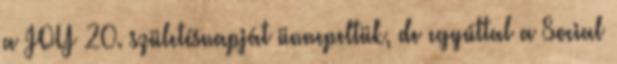
a JOY 20. születésnapját ünnepeltük, de egyúttal a Social